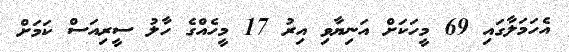
އެހަމަލާގައި 69 މީހަކަށް އަނިޔާވި އިރު 17 މީހެއްގެ ހާލު ސީރިއަސް ކަމަށް